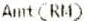
AMT(RM)